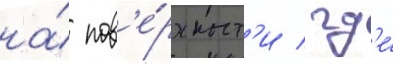
на́ пов'е́рхност'и / гд'е́